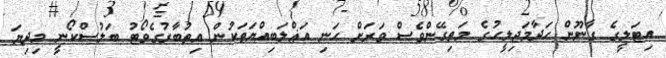
އިޓަލީގެ ގާނޫން ހަދާމަޖިލީހުގެ މަތިގޭންވެސް ވަރަށް ހަނި އަޣްލަބިއްޔަތަކުން އިތުބާރުގެވޯޓު ބަލުސްކޯނީ މިދިޔަ